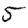
Digit: 5